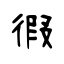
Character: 徦